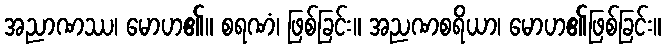
အညာဏဿ၊ မောဟ၏။ စရဏံ၊ ဖြစ်ခြင်း။ အညဏစရိယာ၊ မောဟ၏ဖြစ်ခြင်း။